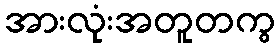
အားလုံးအတူတကွ